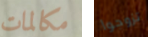
مكالمات تزوجوا